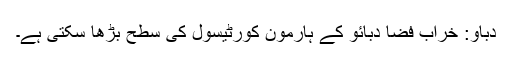
دباو: خراب فضا دبائو کے ہارمون کورٹیسول کی سطح بڑھا سکتی ہے۔